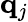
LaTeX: {\mathbf{q}}_{j}